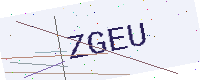
Text: ZGEU